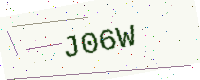
Text: J06W